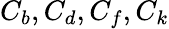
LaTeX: C_{b},C_{d},C_{f},C_{k}